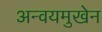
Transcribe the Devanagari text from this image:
अन्वयमुखेन